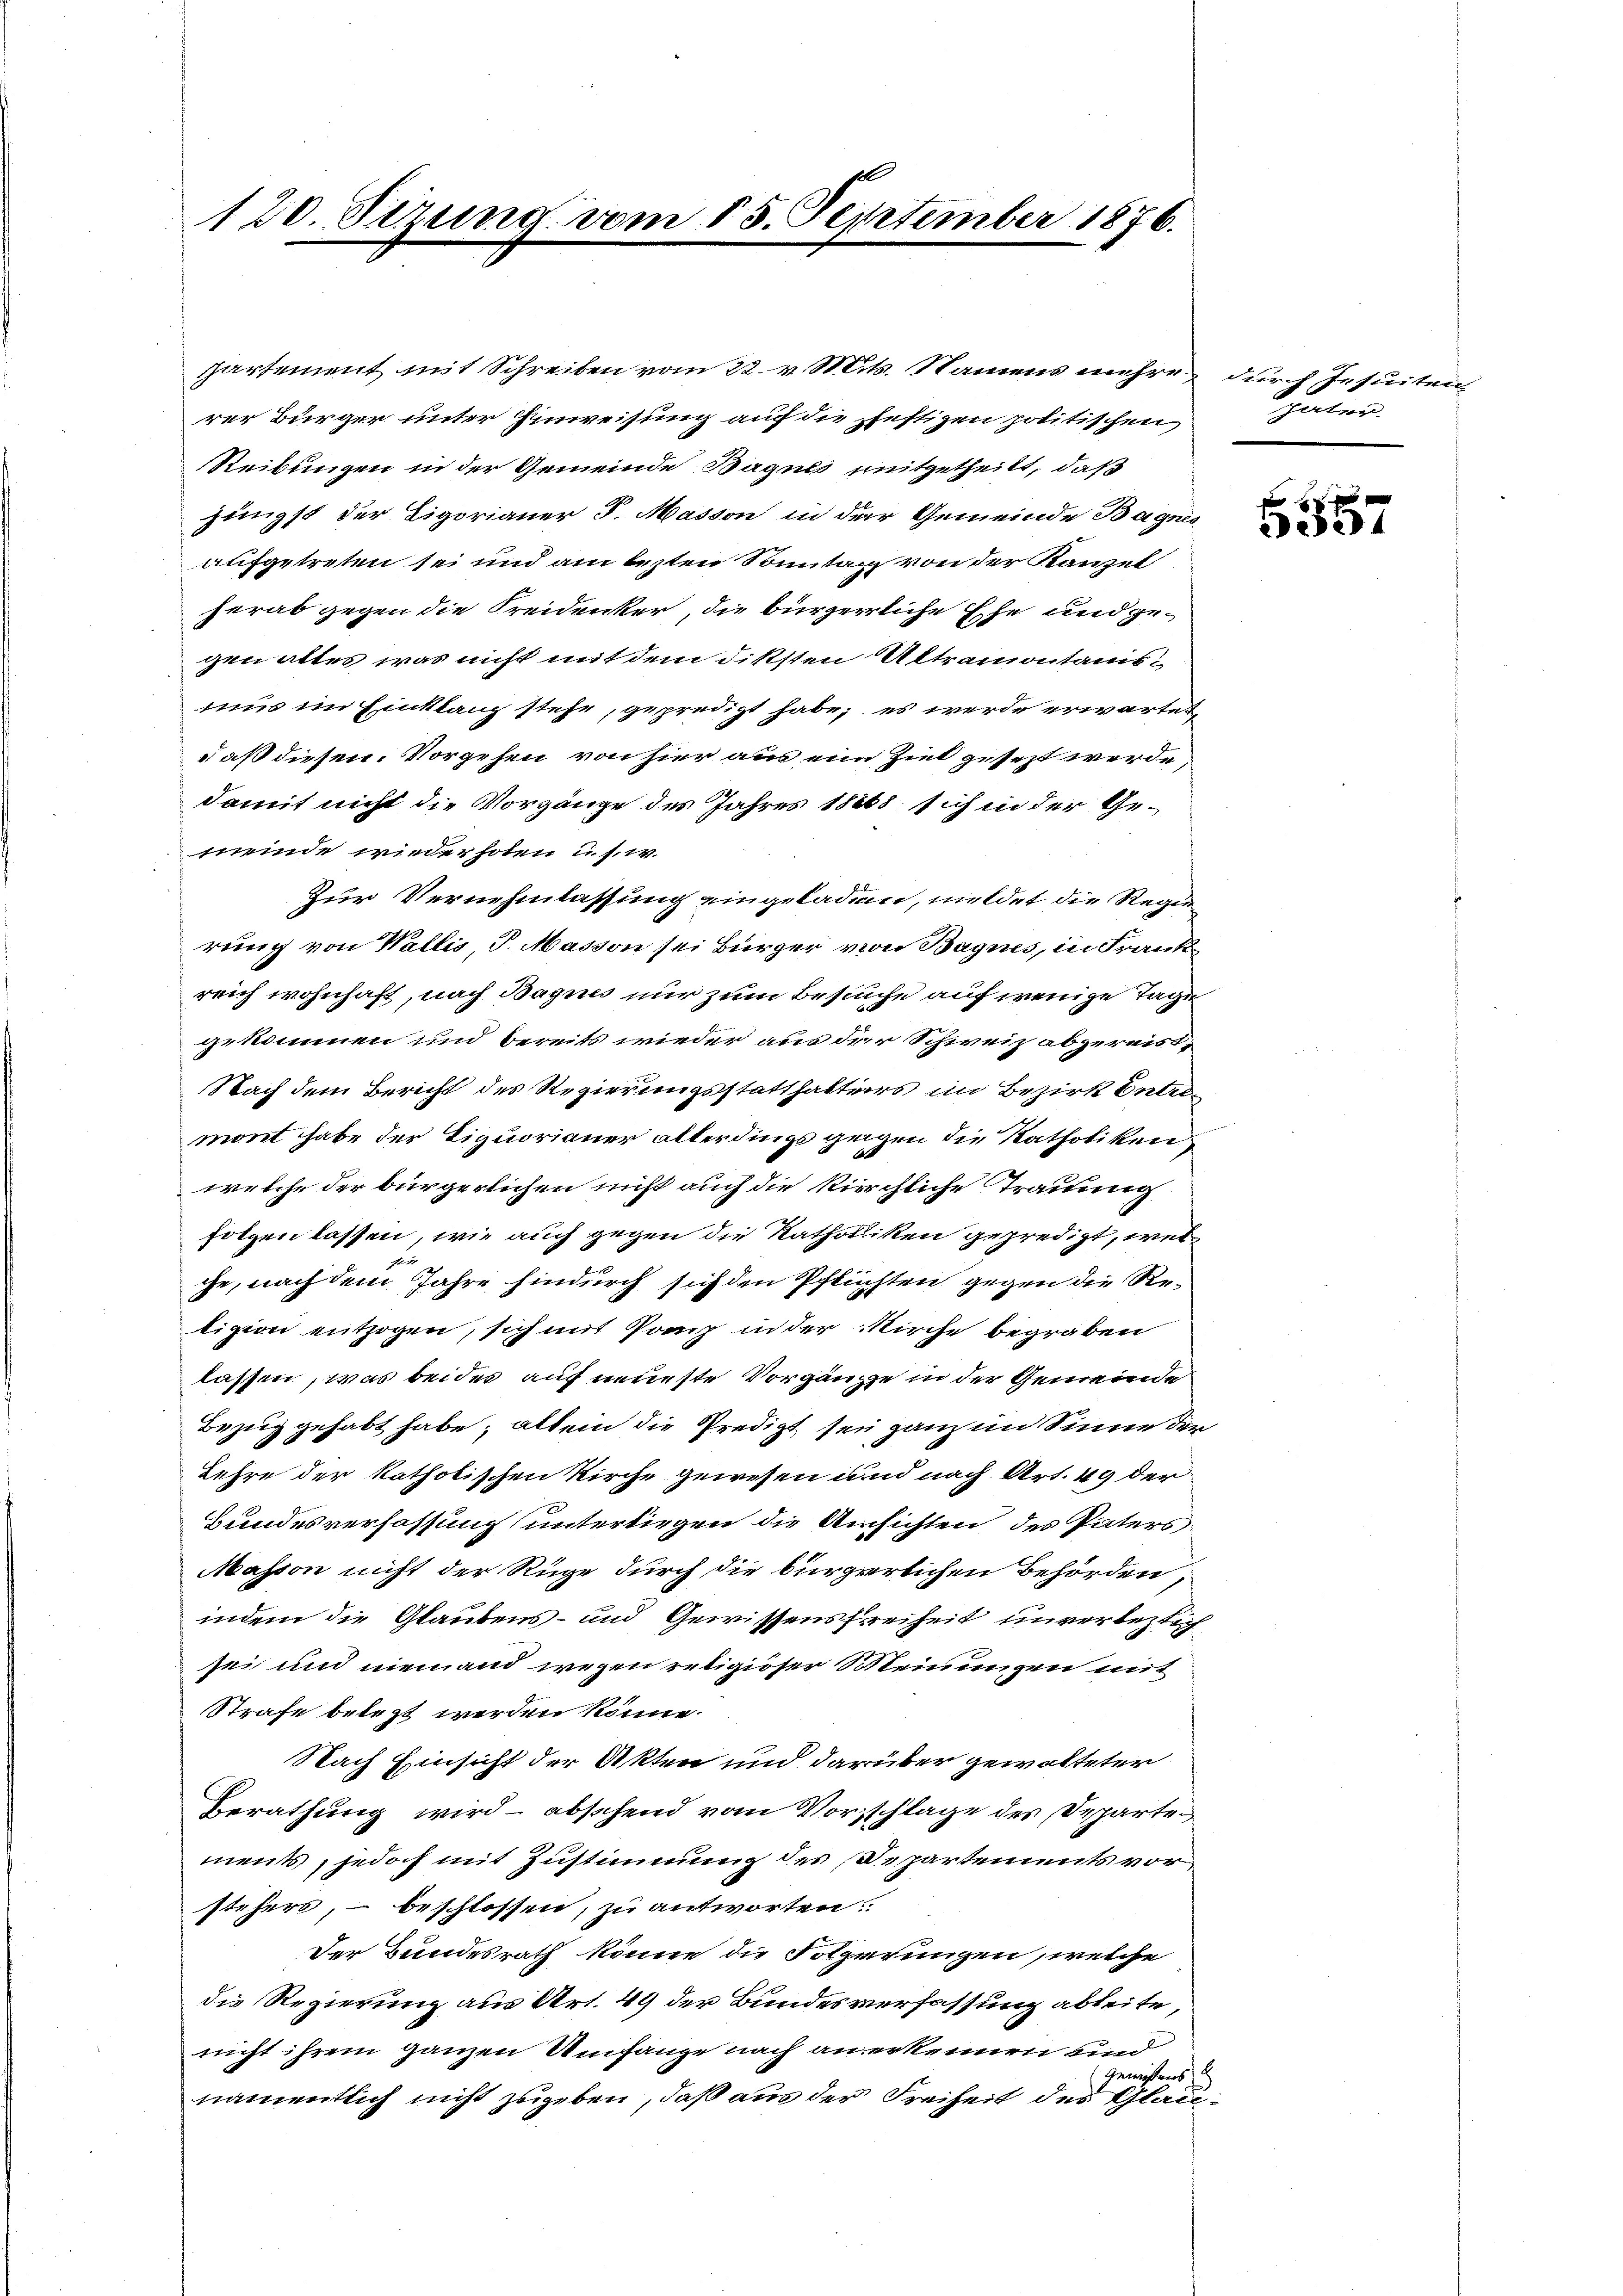
120. Sizung vom 15. September 1876.

partement mit Schreiben vom 22. v. Mits. Namens mehre, durch Jesuiten
rer Bürger unter Einweisung auf die Justizen politischen
Steibungen in der Gemeinde Baguls mitgetheilt, daß
jüngst der Ligorianer S. Masson in der Gemeinde Bagner
aufgetreten sei und am besten Sonntag von der Kanzel
herab gegen die Freidenker, die bürgerliche Ehe und ge-
gen altes, was nicht mit dem diksten Altramontanismus im Einklang stehe, gepredigt habe; es werde erwartet,
daß diesen Vorgehen von hier aus ein Ziel gesezt werde,
damit nicht die Vorgänge des Jahres 18868 sich in der Ge-
meinde wiederhoben u. s. w.
Zur Vernehmlassung eingeladen, meldet die Regierung von Wallis, S. Masson sei Bürger von Bagnes, in Frankreich wohnhaft, nach Bagnis nur zum Besuche auf wenige Tage
gekommen und bereits wieder aus der Schweiz abgereist¬
Nach dem Bericht des Regierungsstatthalters im Bezirk Entrimont habe der Liquorianer allerdings geigen die Katholiken,
welche der bürgerlichen nicht auch die kirchliche Trauung
folgen lassen, wie auch gegen die Katholiken gepredigt, welc
che, nach dem Jahre hindurch sich den Pflichten gegen die Religion entzogen, sich mit Pomp in der Kirche begraben
lassen, was beides auf neueste Vorgänze in der Gemeinde
Bezug gehabt habe; allein die Predigt sei ganz im Sinner der
Lehre der katholischen Kirche gewesen und nach Art. 49 der
Bundesverfassung unterliegen die Ansichten des Paters
Masson nicht der Rüge durch die bürgerlichen Behörden,
indem die Glaubens- und Gewissensfreiheit unverbestig
sei und niemand wegen religioser Meinungen mit
Strafe betrzt werden könne.
Nach Einsicht der Akten und darüber gewalteter
Berathung wird absehend vom Vorschlage des Departements, jedoch mit Zustimmung des Departements vorstehers, – beschlossen, zu antworten
Der Bundesrath könne die Folgerungen, welche
die Regierung aus Art. 49 der Bundesverfassung ableite,
nicht ihrem ganzen Umfange nach anerkennen sind
Gewissens
namentlich nicht zugeben, daß aus der Freiheit des Glan

paten.

5